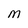
Character: M